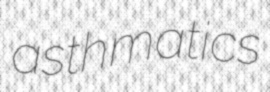
asthmatics